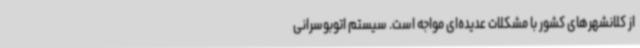
از کلانشهرهای کشور با مشکلات عدیده‌ای مواجه است. سیستم اتوبوسرانی